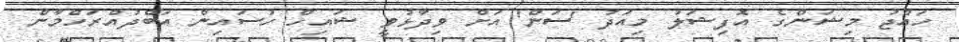
ހައްޖު މިޝަންގެ އޮފިޝަލު މިއަދު 'ސަން' އަށް ވިދާޅުވީ ޝައިހް ހުސައިން އަބްދުއްރަހްމާން